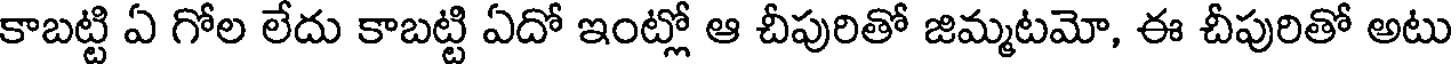
కాబట్టి ఏ గోల లేదు కాబట్టి ఏదో ఇంట్లో ఆ చీపురితో జిమ్మటమో, ఈ చీపురితో అటు